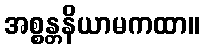
အစ္စန္တနိယာမကထာ။